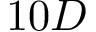
1 0 D